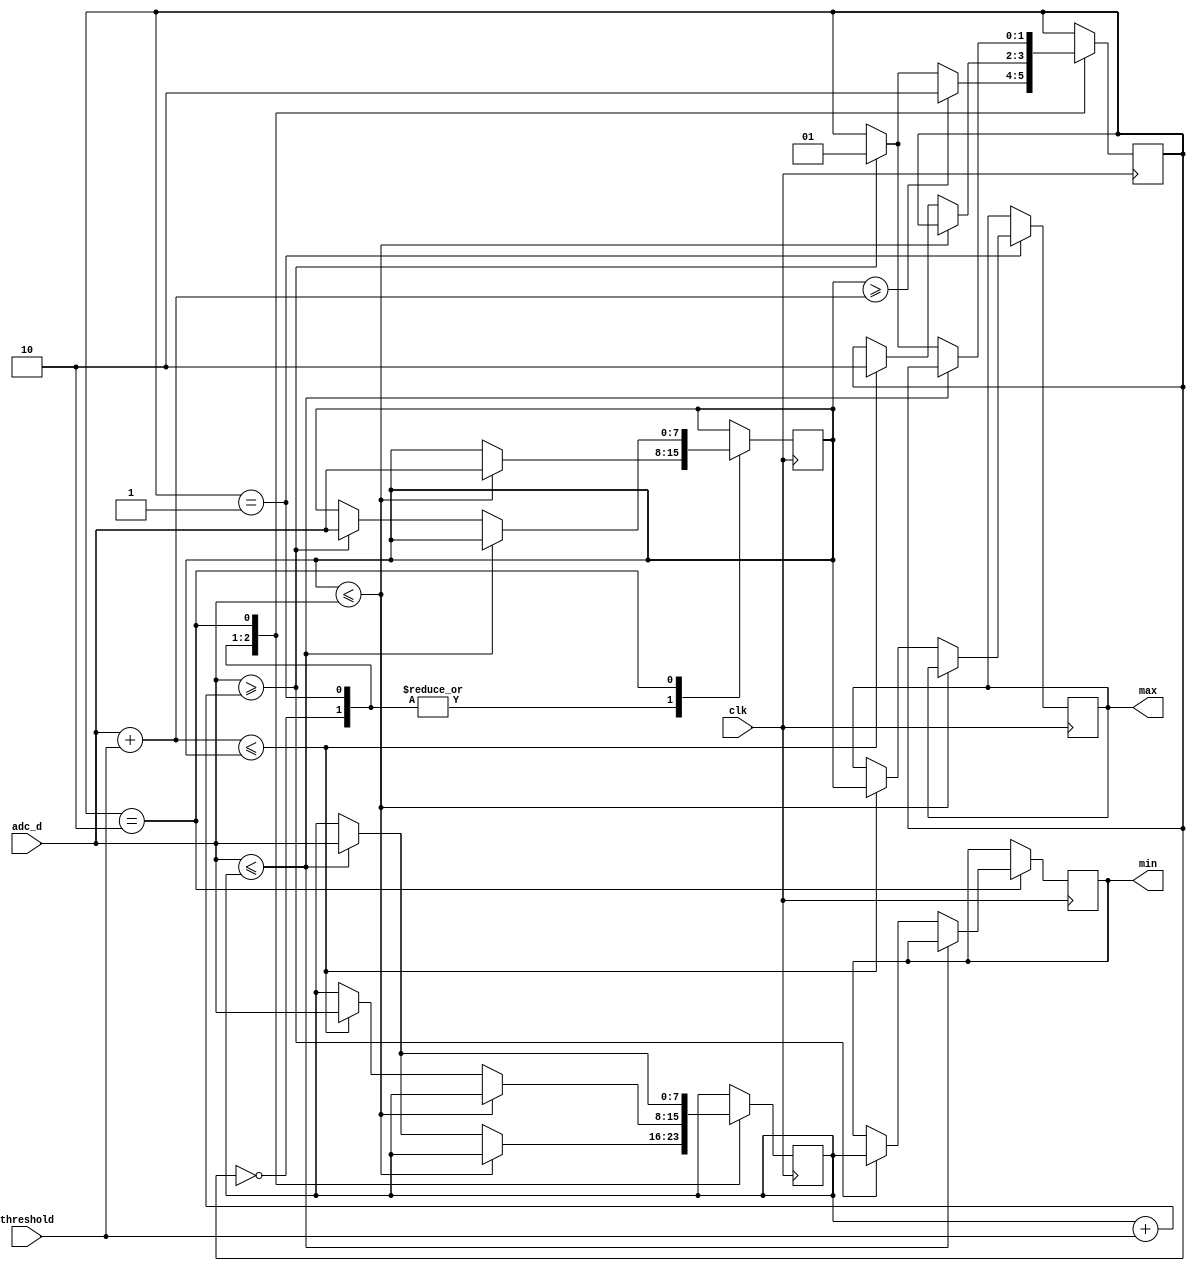
//-----------------------------------------------------------------------------
// Copyright (C) 2014 iZsh <izsh at fail0verflow.com>
//
// This code is licensed to you under the terms of the GNU GPL, version 2 or,
// at your option, any later version. See the LICENSE.txt file for the text of
// the license.
//-----------------------------------------------------------------------------
// track min and max peak values (envelope follower)
//
// NB: the min value (resp. max value) is updated only when the next high peak
// (resp. low peak) is reached/detected, since you can't know it isn't a
// local minima (resp. maxima) until then.
// This also means the peaks are detected with an unpredictable delay.
// This algorithm therefore can't be used directly for realtime peak detections,
// but it can be used as a simple envelope follower.
module min_max_tracker(input clk, input [7:0] adc_d, input [7:0] threshold,
    output [7:0] min, output [7:0] max);

    reg [7:0] min_val = 255;
    reg [7:0] max_val = 0;
    reg [7:0] cur_min_val = 255;
    reg [7:0] cur_max_val = 0;
    reg [1:0] state = 0;

    always @(posedge clk)
    begin
        case (state)
        0: // initialize
            begin
                if (cur_max_val >= ({1'b0, adc_d} + threshold))
                    state <= 2;
                else if (adc_d >= ({1'b0, cur_min_val} + threshold))
                    state <= 1;
                if (cur_max_val <= adc_d)
                    cur_max_val <= adc_d;
                else if (adc_d <= cur_min_val)
                    cur_min_val <= adc_d;
            end
        1: // high phase
            begin
                if (cur_max_val <= adc_d)
                    cur_max_val <= adc_d;
                else if (({1'b0, adc_d} + threshold) <= cur_max_val) begin
                    state <= 2;
                    cur_min_val <= adc_d;
                    max_val <= cur_max_val;
                end
            end
        2: // low phase
            begin
                if (adc_d <= cur_min_val)
                    cur_min_val <= adc_d;
                else if (adc_d >= ({1'b0, cur_min_val} + threshold)) begin
                    state <= 1;
                    cur_max_val <= adc_d;
                    min_val <= cur_min_val;
                end
            end
        endcase
    end

    assign min = min_val;
    assign max = max_val;

endmodule